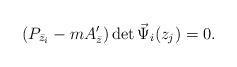
LaTeX: \begin{align*}(P_{\bar z_i}-mA^{\prime}_{\bar z}) \det {\vec \Psi}_i(z_j)=0.\end{align*}